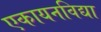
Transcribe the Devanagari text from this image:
एकायनविद्या